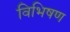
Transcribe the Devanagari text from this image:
विभिषण